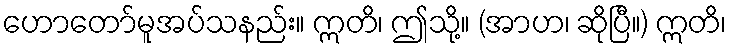
ဟောတော်မူအပ်သနည်း။ ဣတိ၊ ဤသို့။ (အာဟ၊ ဆိုပြီ။) ဣတိ၊